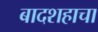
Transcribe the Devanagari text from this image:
बादशहाचा